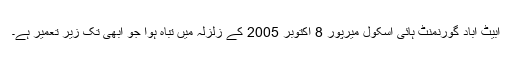
ابیٹ آباد گورنمنٹ ہائی اسکول میرپور 8 اکتوبر 2005 کے زلزلہ میں تباہ ہوا جو ابھی تک زیرِ تعمیر ہے۔